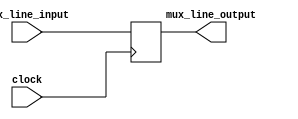
`timescale 1ps / 1ps
//////////////////////////////////////////////////////////////////////////////////
// Company: 
// Engineer: 
// 
// Design Name: 
// Module Name: mux_line_ID_EX
// Project Name: 
// Target Devices: 
// Tool Versions: 
// Description: 
// 
// Dependencies: 
// 
// Revision:
// Revision 0.01 - File Created
// Additional Comments:
// 
//////////////////////////////////////////////////////////////////////////////////


module mux_line_ID_EX(input [1:0]mux_line_input,
output reg [1:0] mux_line_output,
input clock);
always@(posedge clock)
begin
mux_line_output=mux_line_input;
end
endmodule